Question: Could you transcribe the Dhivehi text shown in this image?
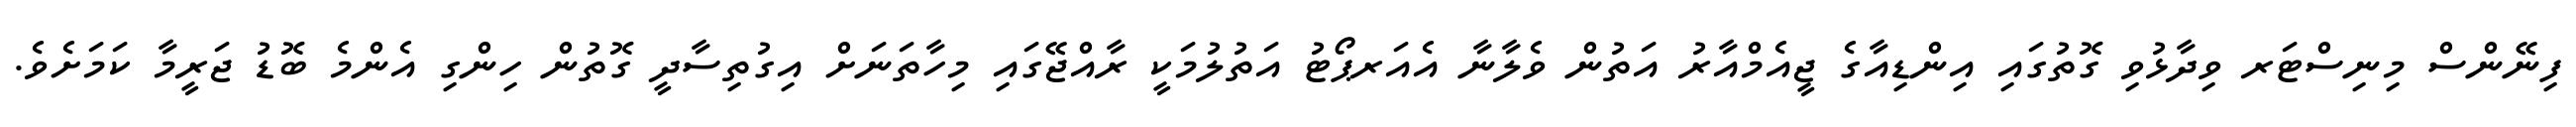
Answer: ފިނޭންސް މިނިސްޓަރ ވިދާޅުވި ގޮތުގައި އިންޑިއާގެ ޖީއެމްއާރު އަތުން ވެލާނާ އެއަރޕޯޓު އަތުލުމަކީ ރާއްޖޭގައި މިހާތަނަށް އިގުތިސާދީ ގޮތުން ހިންގި އެންމެ ބޮޑު ޖަރީމާ ކަމަށެވެ.